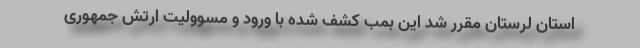
استان لرستان مقرر شد این بمب کشف شده با ورود و مسوولیت ارتش جمهوری